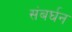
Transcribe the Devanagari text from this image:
संबर्घन